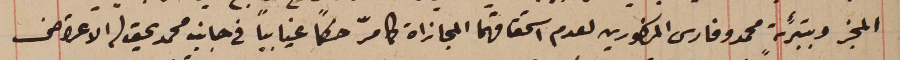
المجز وبتبرئة محمد وفارس المذكورين لعدم استحقاقهما المجازاة كما مرّ حكماً غيايباً في جانب محمد يحق له الاعتراض